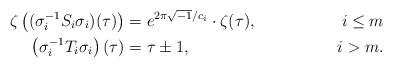
LaTeX: \begin{align*}\zeta\left((\sigma_{i}^{-1}S_{i}\sigma_{i})(\tau)\right)& = e^{2\pi\sqrt{-1}/c_{i}}\cdot\zeta(\tau), & i\leq m \\\left(\sigma_{i}^{-1}T_{i}\sigma_{i}\right)(\tau) & =\tau\pm 1,& i>m. \end{align*}